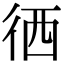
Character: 徆